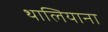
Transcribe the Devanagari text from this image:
थालियाना